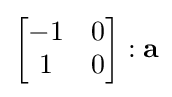
{\begin{bmatrix}-1&0\\1&0\end{bmatrix}}:\mathbf {a}